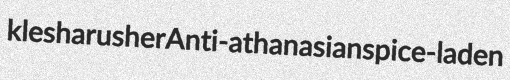
klesha rusher Anti-athanasian spice-laden